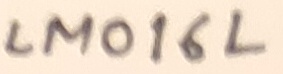
Text: LM016L